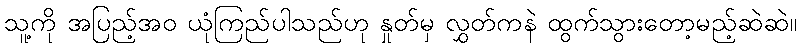
သူ့ကို အပြည့်အဝ ယုံကြည်ပါသည်ဟု နှုတ်မှ လွှတ်ကနဲ ထွက်သွားတော့မည့်ဆဲဆဲ။